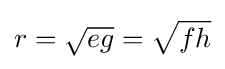
\displaystyle r={\sqrt {eg}}={\sqrt {fh}}